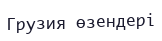
Грузия өзендері